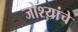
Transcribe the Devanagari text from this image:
जोश्य़ांचे